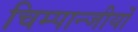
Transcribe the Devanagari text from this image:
चिम्पान्जीयों